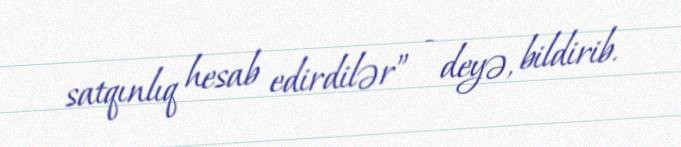
satqınlıq hesab edirdilər” - deyə, bildirib.